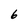
Character: 6